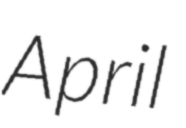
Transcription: April